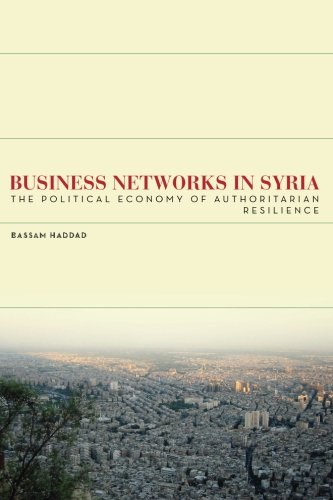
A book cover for Business Networks in Syria: The Political Economy of Authoritarian Resilience (Stanford Studies in Middle Eastern and I); Bassam Haddad; History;